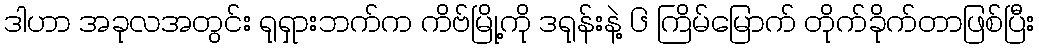
ဒါဟာ အခုလအတွင်း ရုရှားဘက်က ကိဗ်မြို့ကို ဒရုန်းနဲ့ ၆ ကြိမ်မြောက် တိုက်ခိုက်တာဖြစ်ပြီး